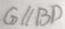
G / / B D